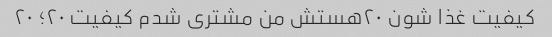
کیفیت غذا شون ۲۰هستش من مشتری شدم کیفیت ۲۰؛ ۲۰